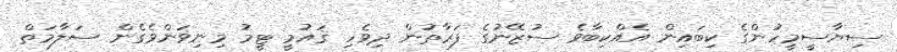
ސިޔާސީމީހުންގެ ކިބައިން އެއްކިބާވެ ސުޒޭނުގެ ފަރާތުން ދިވެހި ޤައުމީ ޓީމު މިނިވަންވެގެން ސަލާމަތް